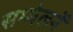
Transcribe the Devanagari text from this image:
सम्मेलनें